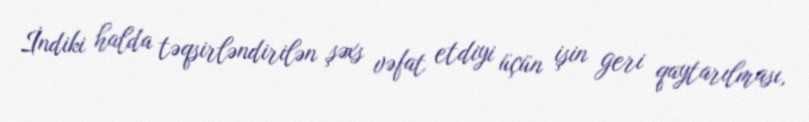
İndiki halda təqsirləndirilən şəxs vəfat etdiyi üçün işin geri qaytarılması,